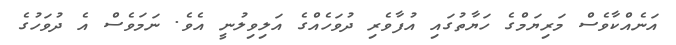
އަނެއްކާވެސް މަރިޔަމްގެ ހަޔާތުގައި އުފާވެރި ދުވަހެއްގެ އަލިވިލުނީ އެވެ. ނަމަވެސް އެ ދުވަހުގެ